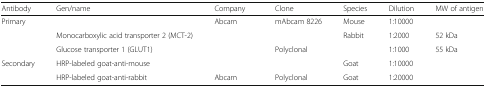
<table><thead><tr><td><b>Antibody</b></td><td><b>Gen/name</b></td><td><b>Company</b></td><td><b>Clone</b></td><td><b>Species</b></td><td><b>Dilution</b></td><td><b>MW of antigen</b></td></tr></thead><tbody><tr><td rowspan="3">Primary</td><td>[EMPTY_CELL]</td><td>Abcam</td><td>mAbcam 8226</td><td>Mouse</td><td>1:10000</td><td>[EMPTY_CELL]</td></tr><tr><td>Monocarboxylic acid transporter 2 (MCT-2)</td><td>[EMPTY_CELL]</td><td>[EMPTY_CELL]</td><td>Rabbit</td><td>1:2000</td><td>52 kDa</td></tr><tr><td>Glucose transporter 1 (GLUT1)</td><td>[EMPTY_CELL]</td><td>Polyclonal</td><td>[EMPTY_CELL]</td><td>1:1000</td><td>55 kDa</td></tr><tr><td rowspan="2">Secondary</td><td>HRP-labeled goat-anti-mouse</td><td>[EMPTY_CELL]</td><td>[EMPTY_CELL]</td><td>Goat</td><td>1:10000</td><td>[EMPTY_CELL]</td></tr><tr><td>HRP-labeled goat-anti-rabbit</td><td>Abcam</td><td>Polyclonal</td><td>Goat</td><td>1:20000</td><td>[EMPTY_CELL]</td></tr></tbody></table>